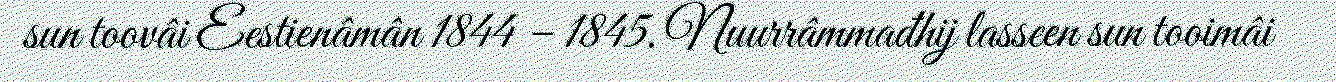
sun toovâi Eestienâmân 1844 – 1845. Nuurrâmmađhij lasseen sun tooimâi